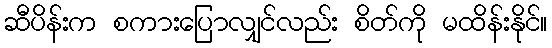
ဆီပိန်းက စကားပြောလျှင်လည်း စိတ်ကို မထိန်းနိုင်။